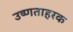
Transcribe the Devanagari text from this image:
उष्णताहरक